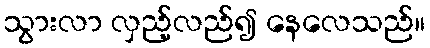
သွားလာ လှည့်လည်၍ နေလေသည်။